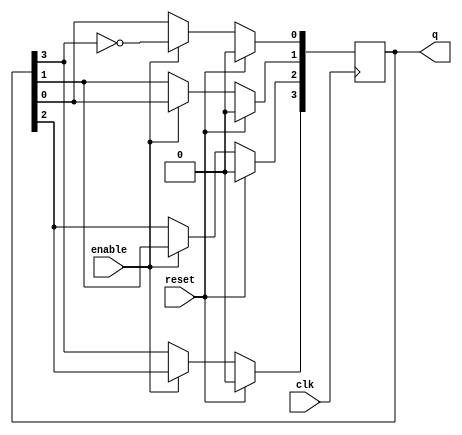
module modified_johnson_counter (
    input wire clk,          // Clock input
    input wire reset,        // Synchronous reset
    input wire enable,       // Enable signal
    output reg [3:0] q       // 4-bit output
);

    // State transition logic
    always @(posedge clk) begin
        if (reset) begin
            q <= 4'b0000;    // Reset state
        end else if (enable) begin
            // Modified Johnson Counter logic
            q[0] <= ~q[3];    // Invert the last flip-flop output and feed it to the first
            q[1] <= q[0];      // Shift the state
            q[2] <= q[1];      // Shift the state
            q[3] <= q[2];      // Shift the state
        end
    end

endmodule